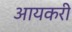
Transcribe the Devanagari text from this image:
आयकरी